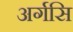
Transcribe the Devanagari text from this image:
अर्गसि